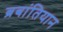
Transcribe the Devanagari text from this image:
ब्रबांतियान